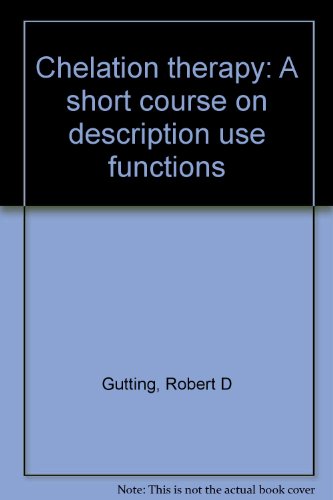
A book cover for Chelation therapy: A short course on description use functions; Robert D Gutting; Health, Fitness & Dieting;